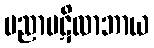
ပညာပဋိလာဘာယ